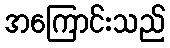
အကြောင်းသည်